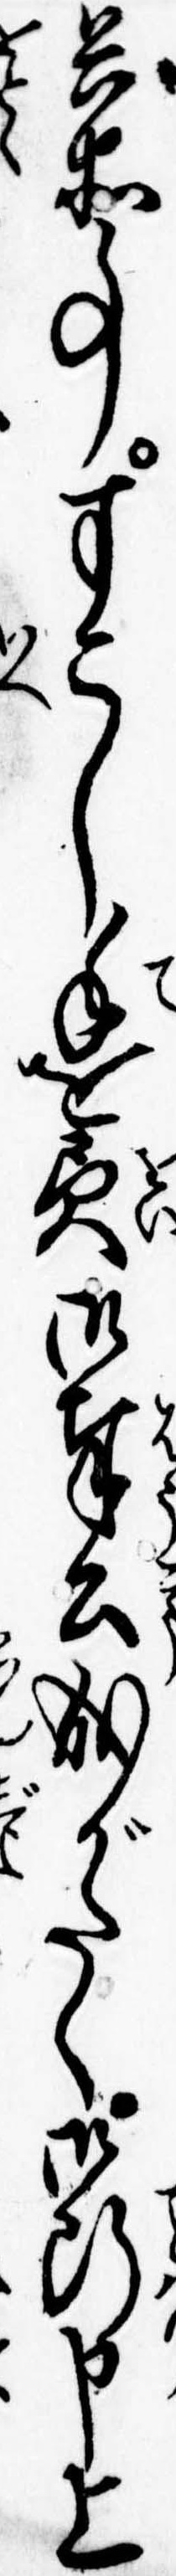
兵衛事すこし手を負御奉公成がたく御断申上